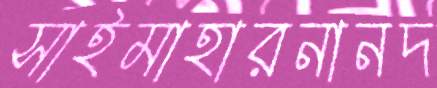
সাইমাহারনানদ